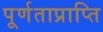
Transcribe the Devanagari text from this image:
पूर्णताप्राप्ति